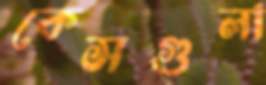
কেসগুলা